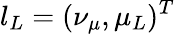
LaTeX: l_{L}=(\nu_{\mu},\mu_{L})^{T}